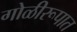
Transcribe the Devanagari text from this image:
गोळीरूपात